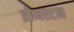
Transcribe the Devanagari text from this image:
व्रोमरटन